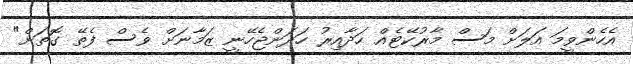
އެހެންވީމަ އަލަށް މަސް މާރުކޭޓެއް ހަދާއިރު ހަދަންޖެހޭނީ ޒަމާނަށް ވެސް ފެތޭ ގޮތަށް"